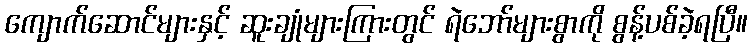
ကျောက်ဆောင်များနှင့် ဆူးချုံများကြားတွင် ရဲဘော်များစွာကို စွန့်ပစ်ခဲ့ရပြီ။